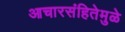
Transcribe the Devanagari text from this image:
आचारसंहितेमुळे